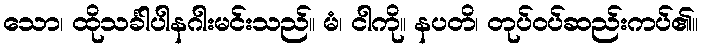
သော၊ ထိုသင်္ခါပါနဂါးမင်းသည်။ မံ၊ ငါကို။ နပတိ၊ တုပ်ဝပ်ဆည်းကပ်၏။